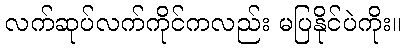
လက်ဆုပ်လက်ကိုင်ကလည်း မပြနိုင်ပဲကိုး။